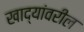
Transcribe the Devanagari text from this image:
खाद्यांवरील